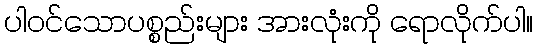
ပါဝင်သောပစ္စည်းများ အားလုံးကို ရောလိုက်ပါ။